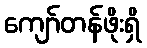
ကျော်တန်ဖိုးရှိ